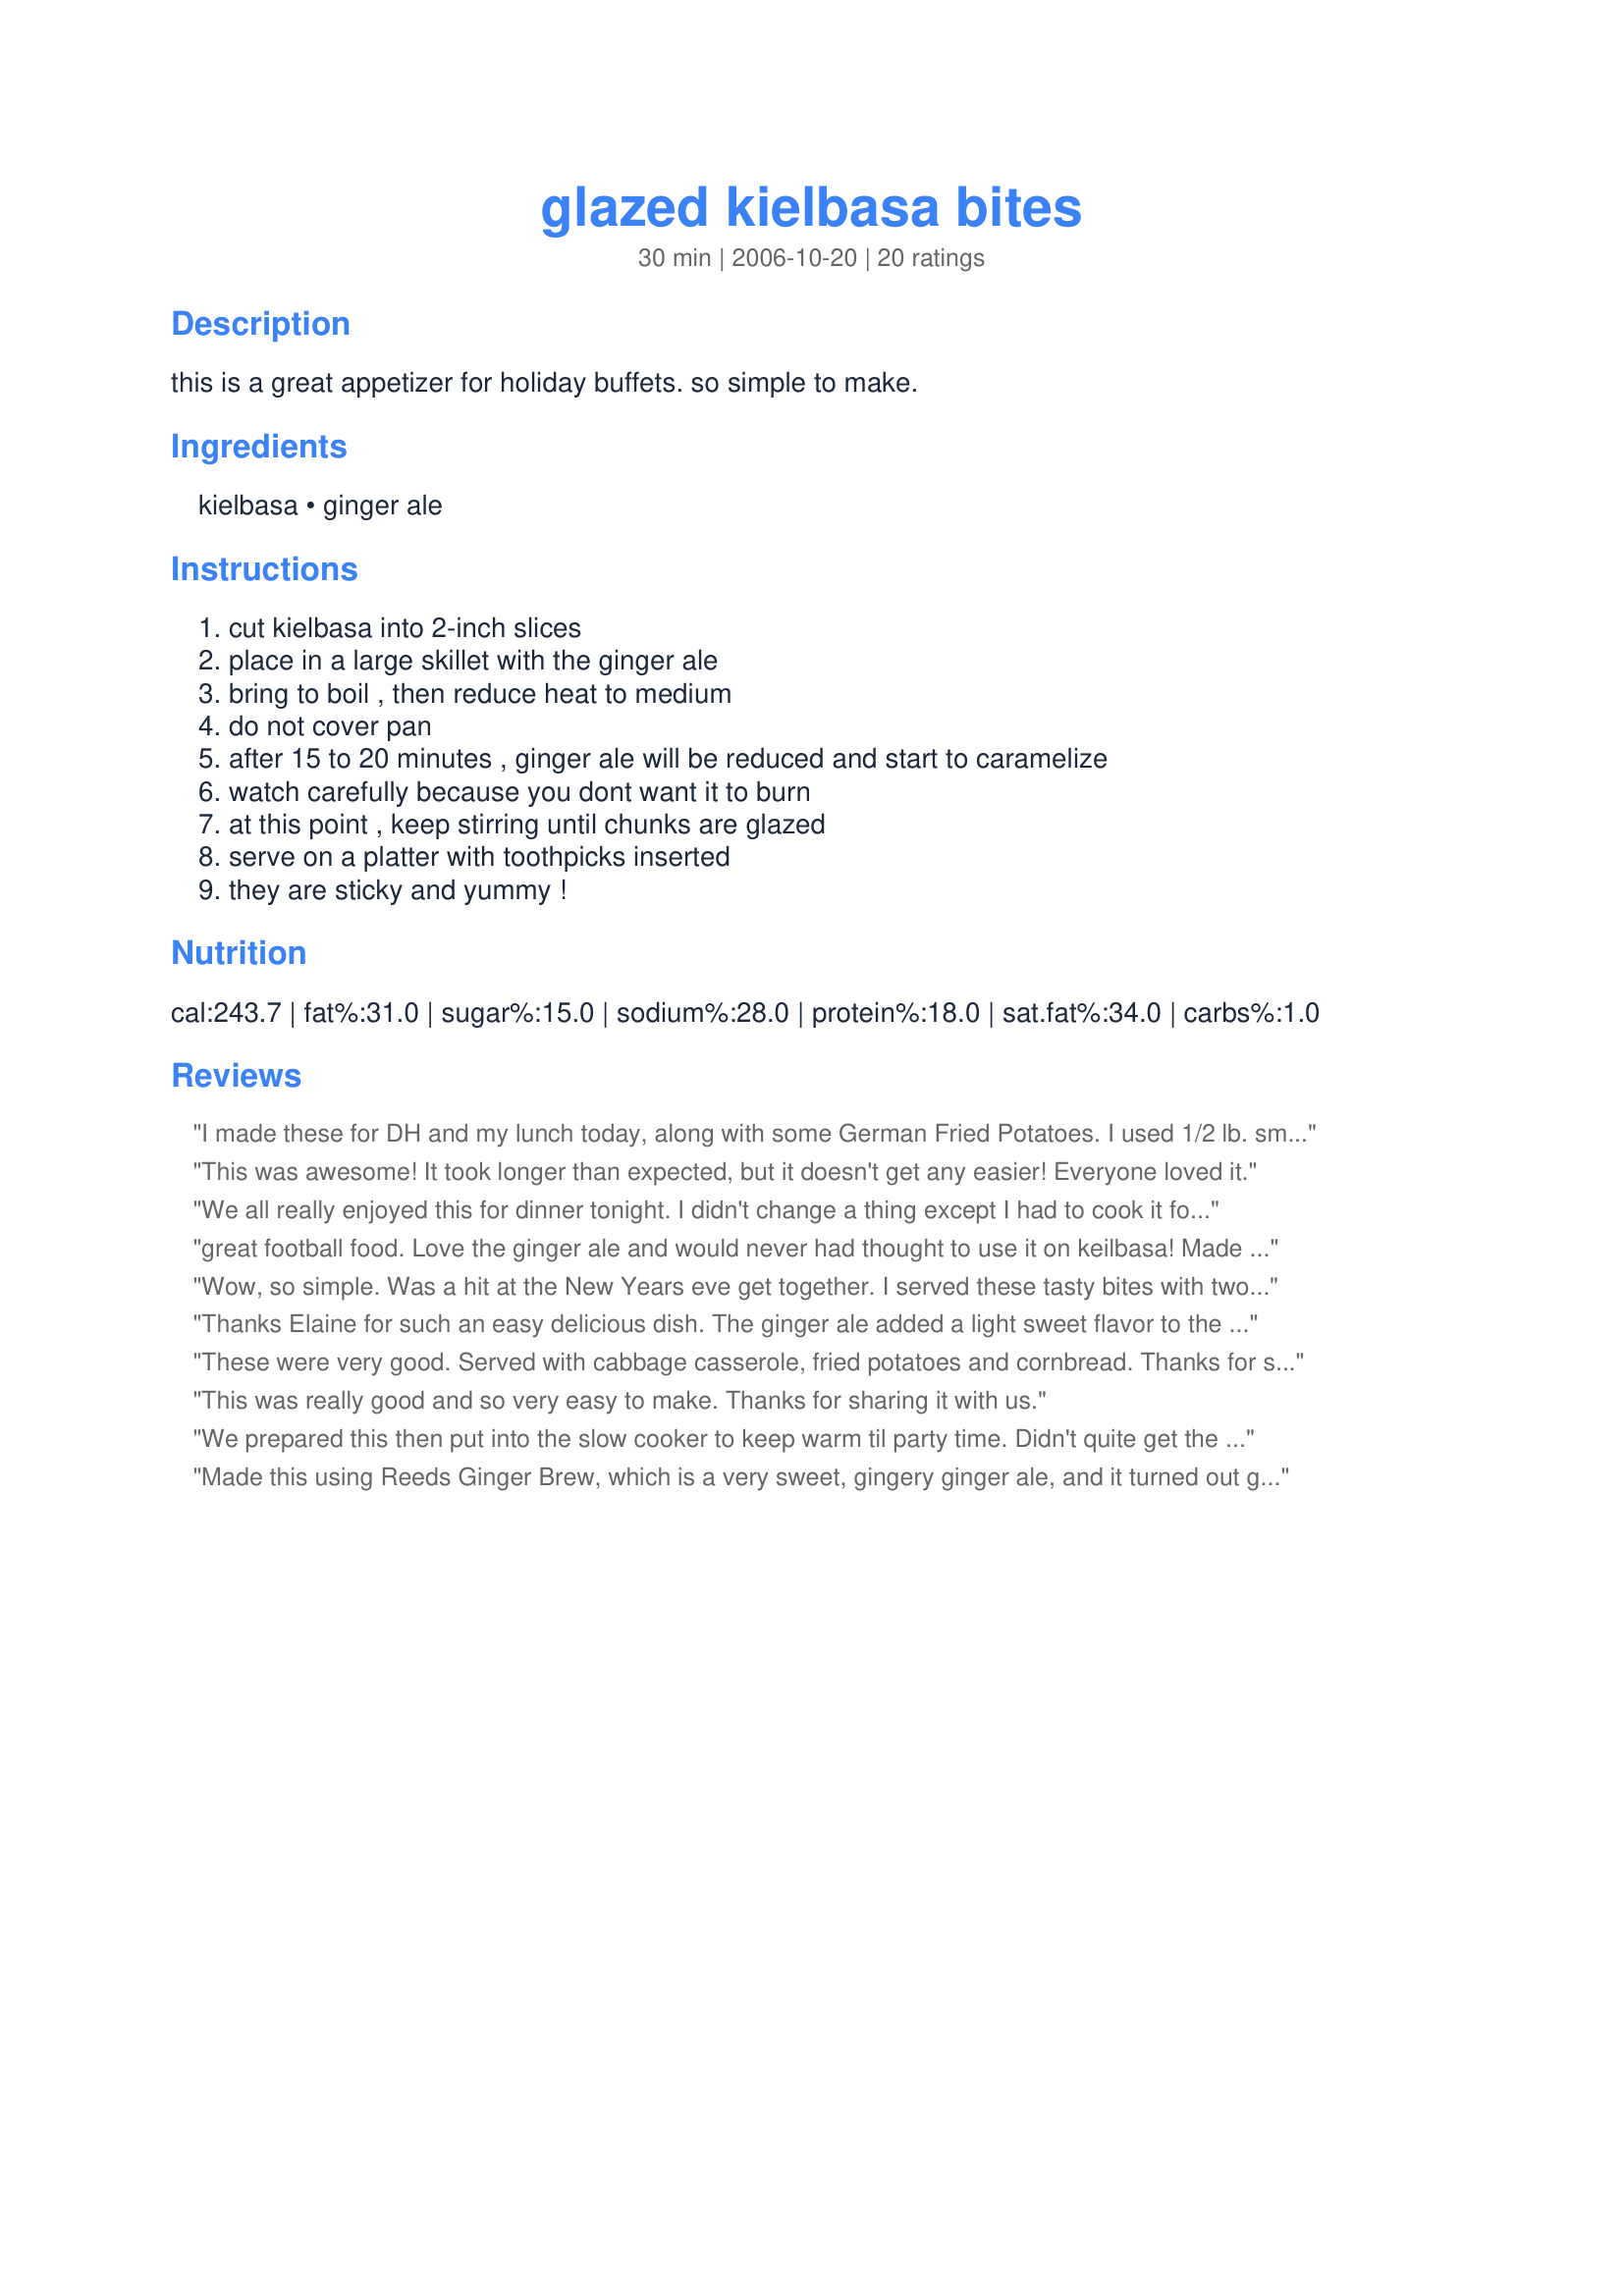
glazed kielbasa bites
Preparation time: 30 minutes

this is a great appetizer for holiday buffets. so simple to make.

Ingredients:
kielbasa, ginger ale

Steps:
cut kielbasa into 2-inch slices, place in a large skillet with the ginger ale, bring to boil , then reduce heat to medium, do not cover pan, after 15 to 20 minutes , ginger ale will be reduced and start to caramelize, watch carefully because you dont want it to burn, at this point , keep stirring until chunks are glazed, serve on a platter with toothpicks inserted, they are sticky and yummy !

Reviews:
I made these for DH and my lunch today, along with some German Fried Potatoes. I used 1/2 lb. smoked sausage and 3 oz. of the ginger ale.<br/>I agree that it adds a subtle sweetness, which was just perfect, as I am not a fan of really sweet glazes. This is so simple and just 2 ingredients, love it!!! Made for your win in the football pool.
This was awesome! It took longer than expected, but it doesn't get any easier! Everyone loved it.
We all really enjoyed this for dinner tonight. I didn't change a thing except I had to cook it for closer to 30 min for the glaze to be thick and sticky. Definitley a great and easy recipe I'll be making again! Thank you and God Bless.
great football food. Love the ginger ale and would never had thought to use it on keilbasa! Made for football pool week 3, 2010
Wow, so simple. Was a hit at the New Years eve get together. I served these tasty bites with two types of mustard. Spicy whole grain and cranberry mustard. Made for your win football Pool 2010 week 16.
Thanks Elaine for such an easy delicious dish. The ginger ale added a light sweet flavor to the sausage, but was not overpowering. I may not have cooked the sauce long enough as it never turned into a thick glaze, but that did not seem to to affect the taste in any way. I will make these again at my next potluck. Thanks for the post. Made for PAC, 2011.
These were very good. Served with cabbage casserole, fried potatoes and cornbread. Thanks for sharing.
This was really good and so very easy to make. Thanks for sharing it with us.
We prepared this then put into the slow cooker to keep warm til party time. Didn't quite get the glazed look - not sure why?
Made this using Reeds Ginger Brew, which is a very sweet, gingery ginger ale, and it turned out great! To those whose ginger ale did not reduce - a higher sugar content probably helps, and then you just have to boil off almost all of the water and carmelize the sugar, no matter how long that takes. (made this a second time with a different ginger ale, and the results were not as good, even though I simmered the liquid until it was almost gone). Using a higher temperature worked for me, as I kept an eye on the pan and stirred frequently. The kielbasa was glazed in thick ginger goodness! One thing I may try next time is reducing the ginger ale a little before adding the sausage slices, so they won't get overcooked. This is a great alternative to the ubiquitous bbq "party weenies" that always get brought to parties around here. Thanks!
SUPER EASY! Well worth your time. If you're in the kitchen anyway, throw these on. Your guests will enjoy them. I cut into fun diagonal pieces, which seemed a bit more festive next to the other Christmas appetizers.
These were very easy to make and delicious! I loved the slightly sweet glaze the ginger ale gave to the kielbasa. I added quite a bit of black pepper to mine, just because I like it a little spicy which I thought went good with the sweetness of the ginger ale glaze. Thanks for submitting this recipe. I'll definitely be making this again!
Simple simple and delish! This was wonderful. Made for a quick appey - gone gone gone! Will definitely make again. Thanks!
This was good, but the ginger ale didn't reduce down to a syrup even after 40 minutes of simmering. It did lose some of the liquid, so I wonder if it was the kind of ginger ale I used (Jamaican, all natural)? I'll try it again and repost if I get better results next time.
It certainly doesn't get any easier than this! The guests at my New Years eve party loved this quick and easy appetizer. The ginger ale gave the kielbasa a subtle sweetness unlike some glazes that tend to be too sweet. I used a low-fat chicken kielbasa and it worked well for this recipe. Thank you for sharing this wonderful recipe...it is definitely a keeper!!<br/>*Made for 2010 Football Pool*
This was great, I think. My DD and her BF ate them right out of the pan while they were cooling! I had only 1lb so I reduced the ginger ale in the sauce pan quite a bit before adding the kielbasa. They did get a beautiful glaze. The one I did taste was yummy! I will keep Vernors and kielbasa in the house just in case I need a quick and delicious appy. Thanks so much.
you can better believe when I saw this recipe, I said to myself; self this cannot be right!!! This was soooooooo different and luscious that I said to myself; "Holy Cow". Delightful delicious and different. Oops donot forget easy.<br/><br/>Thanks ElaineAnn from Pat Merwin
These were very simple to make. I was a little afraid of them coming out too sweet but they don't. I made this for dinner with fried cabbage and noodles, it made for a perfect dinner.
Great dish! I followed the directions exactly and these came out very sticky and gooey and yummy. After they were on the platter for a couple of minutes, a lot of the caramelized ginger ale dripped to the bottom of the plate and we were fighting to rub our kielbasa bites through the sauce. DH has requested these for our Super Bowl party and I'm sure that others will love these as much as we did. Thanks ElaineAnn for a simple and delish keeper.
Yummo! Guests were "stealin" out of the pan as it was cooking! I used cocktail sausages and added a splash of balsamic vinegar! This is way too easy for such a yummy dish. Thanx for posting!
